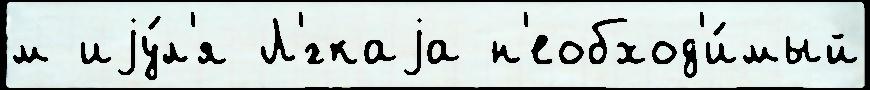
м иjу́л'я Л'́гкаjа н'еобход'и́мый